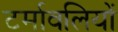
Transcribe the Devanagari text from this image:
टर्मावलियों